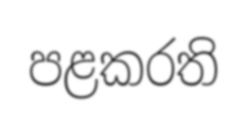
පළකරති